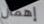
إهمال